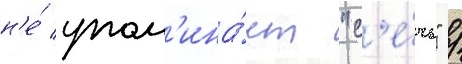
н'е́ упом'ина́ет "с'е́чь" /